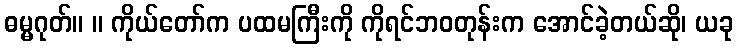
ဓမ္မဂုတ်။ ။ ကိုယ်တော်က ပထမကြီးကို ကိုရင်ဘဝတုန်းက အောင်ခဲ့တယ်ဆို၊ ယခု